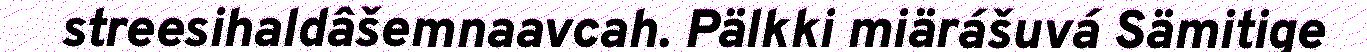
streesihaldâšemnaavcah. Pälkki miärášuvá Sämitige